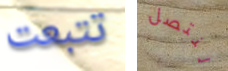
تتبعت لنتصل